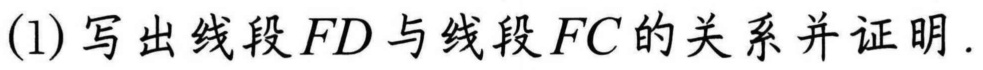
(1)写出线段\(FD\)与线段\(FC\)的关系并证明.